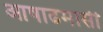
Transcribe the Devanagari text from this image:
आषाढमासी